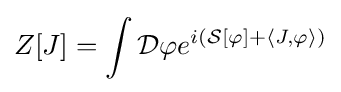
Z[J]=\int {\mathcal {D}}\varphi e^{i\left({\mathcal {S}}[\varphi ]+\langle J,\varphi \rangle \right)}